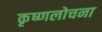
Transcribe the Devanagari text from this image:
कृष्णलोचना